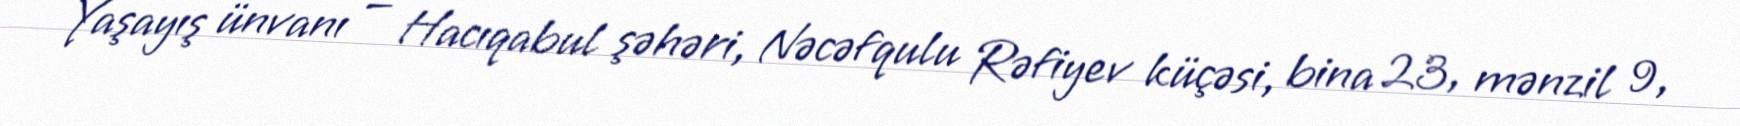
Yaşayış ünvanı — Hacıqabul şəhəri, Nəcəfqulu Rəfiyev küçəsi, bina 23, mənzil 9,